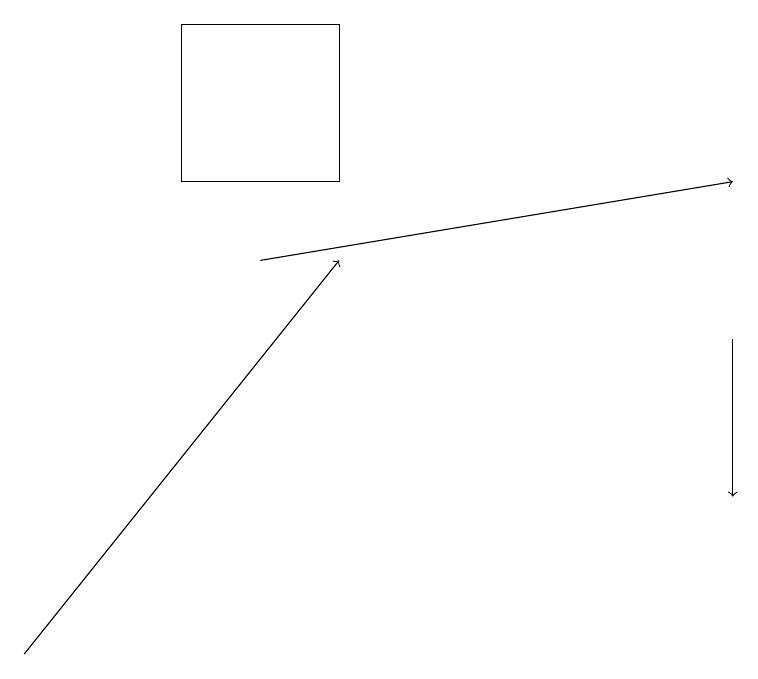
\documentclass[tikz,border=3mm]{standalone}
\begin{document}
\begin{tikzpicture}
\draw[->] (3,15) -- (9,16);
\draw[->] (0,10) -- (4,15);
\draw[->] (9,14) -- (9,12);
\draw (2,18) rectangle (4,16);
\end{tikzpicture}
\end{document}